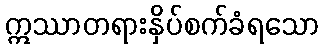
ဣဿာတရားနှိပ်စက်ခံရသော